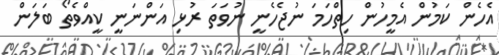
އެހެން ކަމުން އެމީހުން ހިތްހަމަ ނުޖެހެނީ ނުވަތަ ރުޅި އަންނަނީ ކީއްވެތޯ ބަލަން